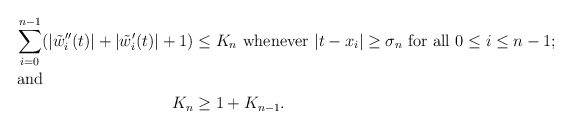
\begin{align*} \sum_{i=0}^{n-1} (|\tilde{w}''_i (t)| + |\tilde{w}_i'(t)| +1)&\leq K_n\ \textrm{whenever $|t - x_i | \geq \sigma_n$ for all $0 \leq i \leq n-1$};\\\shortintertext{and} K_n &\geq 1+ K_{n-1}. \end{align*}